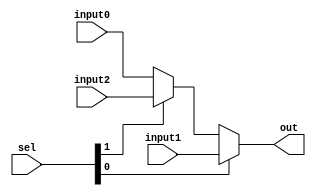
`timescale 1ns / 1ps
//////////////////////////////////////////////////////////////////////////////////
// Company: 
// Engineer: 
// 
// Design Name: 
// Module Name: FORMUX
// Project Name: 
// Target Devices: 
// Tool Versions: 
// Description: 
// 
// Dependencies: 
// 
// Revision:
// Revision 0.01 - File Created
// Additional Comments:
// 
//////////////////////////////////////////////////////////////////////////////////


module FORMUX(
        input [31:0] input0,
        input [31:0] input1, //from memory
        input [31:0] input2, // from ALU
        input [1:0] sel, // sel[0]: memory sel[1]: ALU
        output [31:0] out
    );
    assign out = (sel[0]?input1:(sel[1]?input2:input0));
endmodule